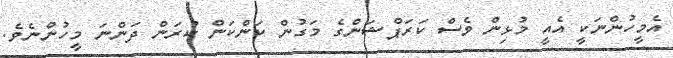
އެމީހުންނަކީ އެއީ މުޅިން ވެސް ކަރަޕްޝަންގެ މަގުން ކަންކަން ކުރަން ދަންނަ މީހުންނެވެ.